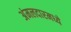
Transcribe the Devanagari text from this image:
अंमलदारमध्ये